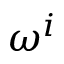
\omega ^ { i }